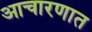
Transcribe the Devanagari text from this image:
आचारणात